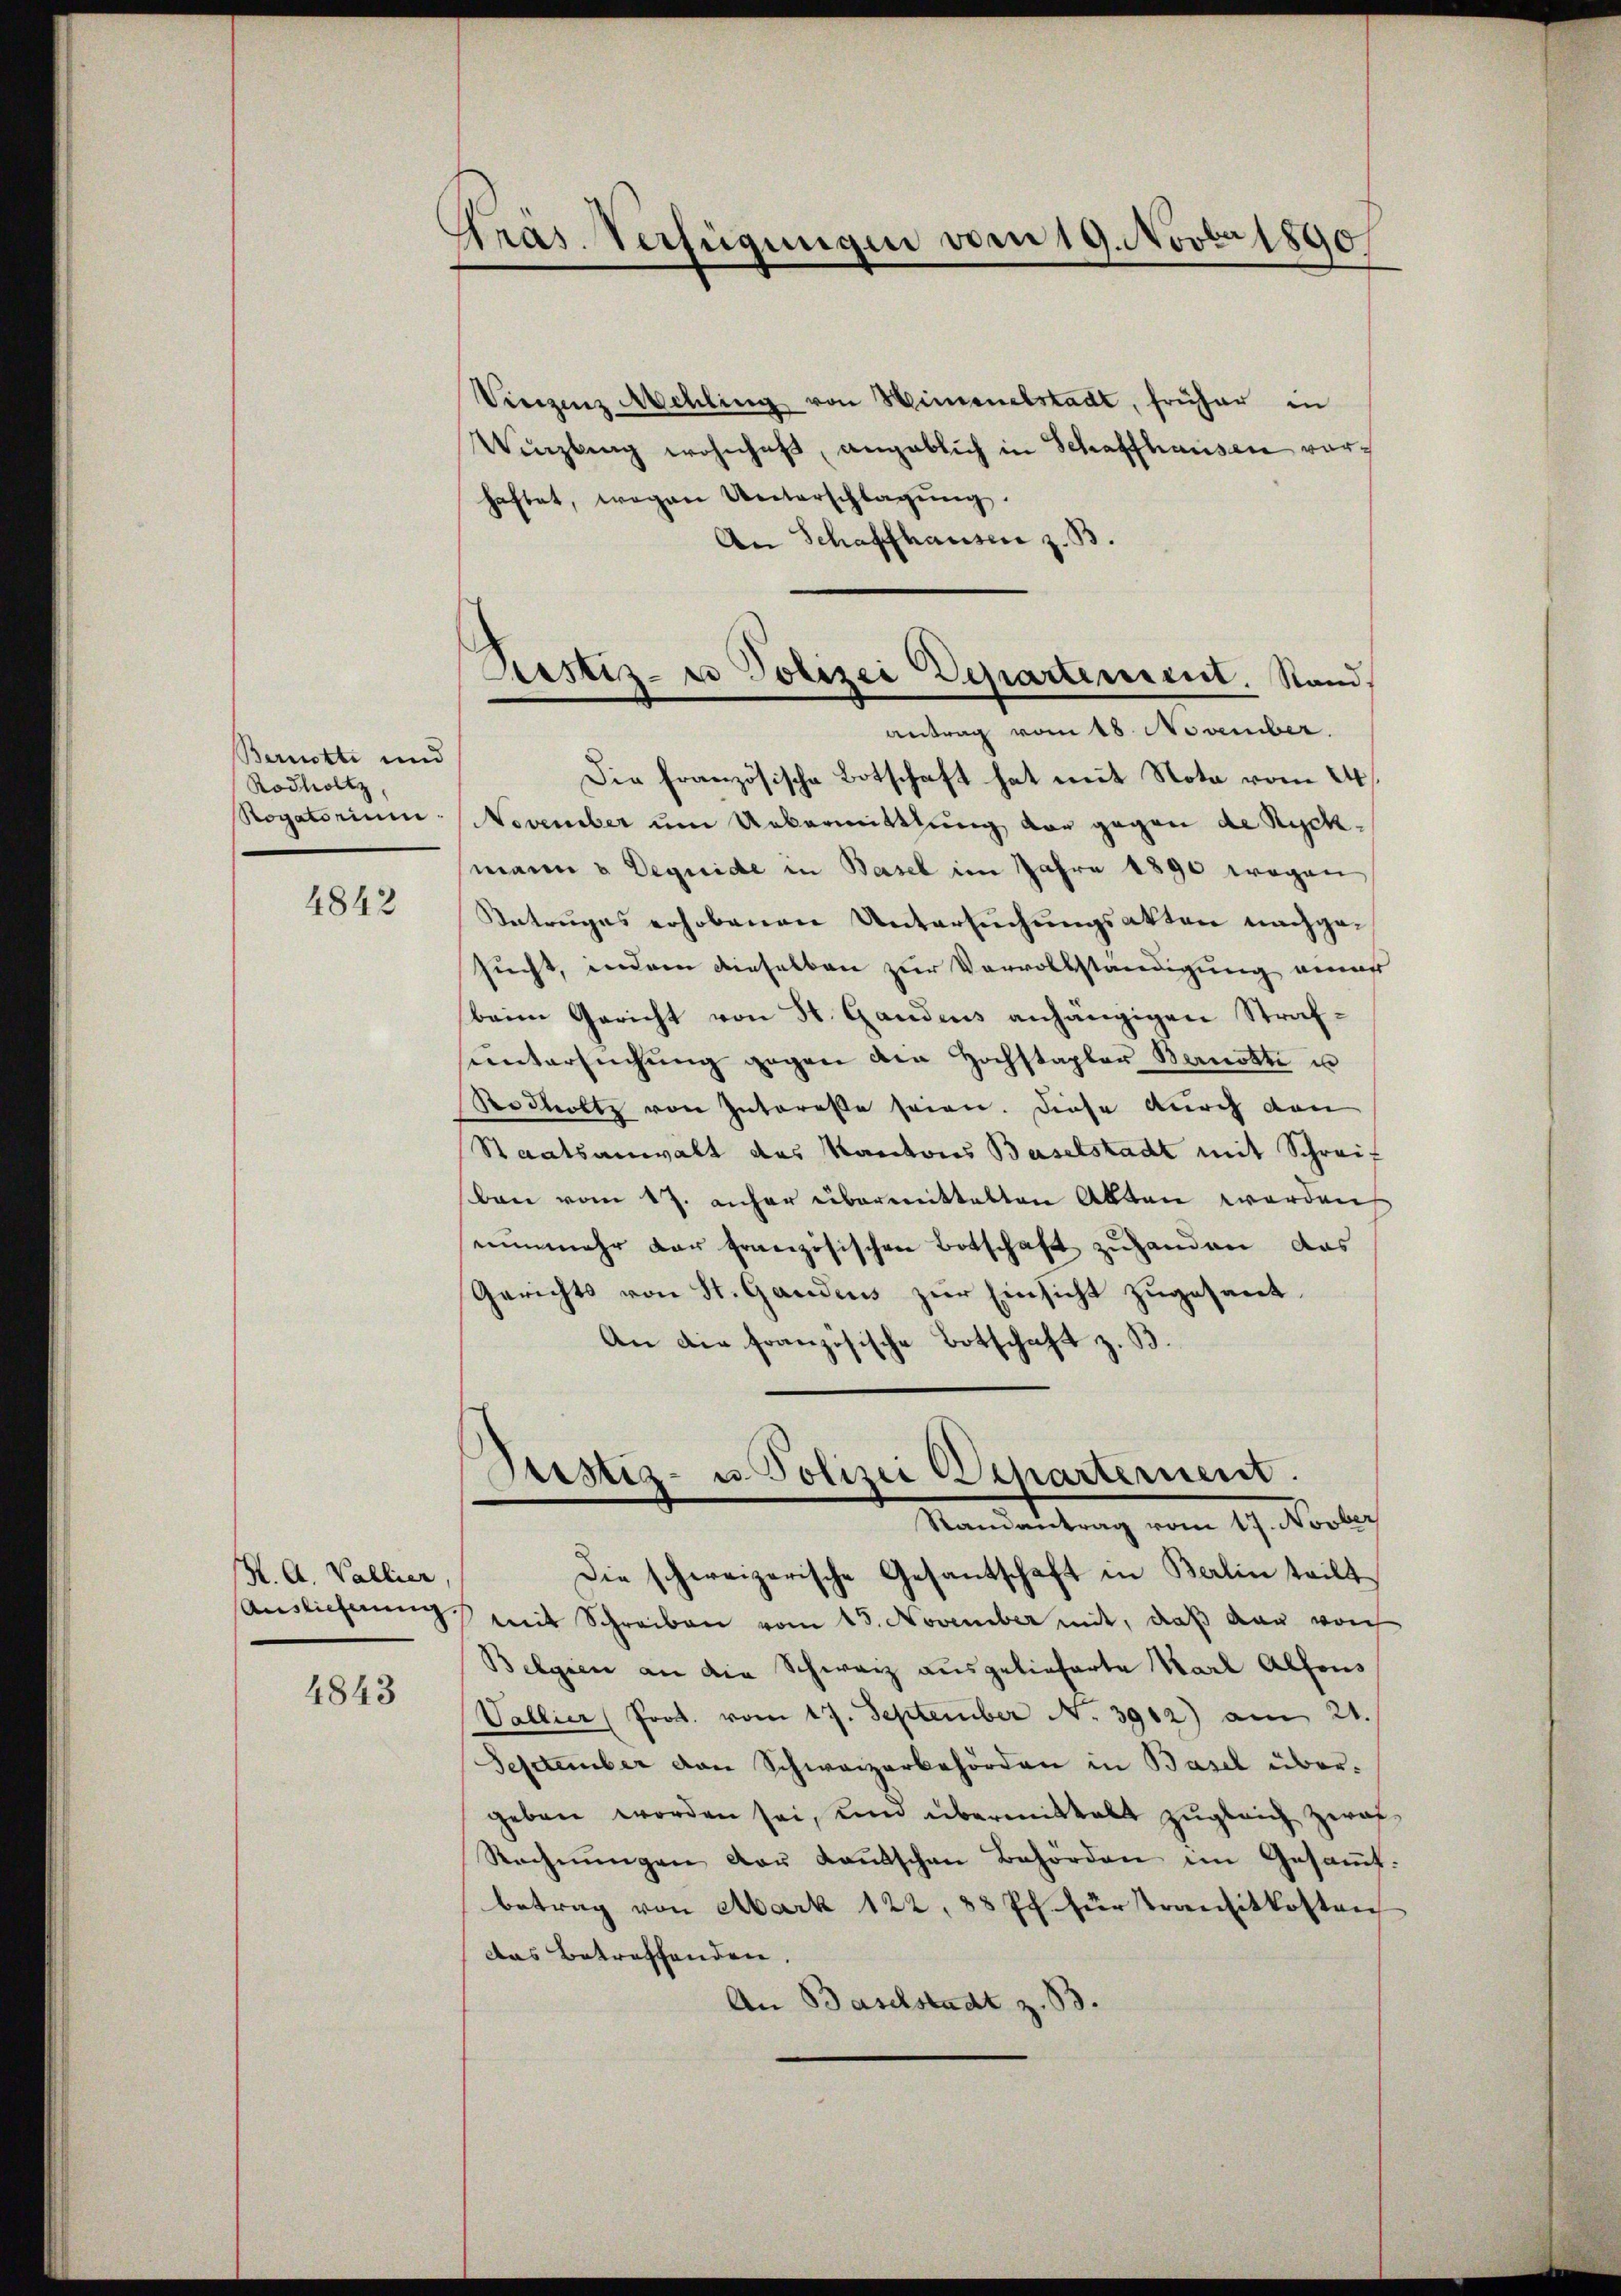
Bernotti und
Rodholtz

4842

. A. Vallier,

4843

Präs. Verfügungen vom 19. Novbr 1890

Vieszenz Mehling von Himenelstadt, früher in
Winzling wohnhaft, angeblich in Schaffhausen vorhaftet, wegen Unterschlagung.
An Schaffhausen z. B.
Die französische Botschaft hat mit Nota vom 24.
Rogatorium November um Uebermittlung vor gegen de Ryckmann u Dequide in Basel im Jahre 1890 wegen
Betruges erhobenen Untersuchungsakten nachgesucht, indem dieselben zur Vervollständigung einer
beim Gericht von St. Gandens anhängigen Strafsintersŭchŭng gegen die Hochstapler Bernotti u
Rodholtz von Intereße seien. Diese durch den
Staatsanwalt das Kantons Baselstadt mit Schreiban vom 17. anher übermittelten Akten werden
nunmehr der französischen Botschaft zuhanden, das
Gerichts von St. Gardens zur Einsicht zugesant.
An die französische Botschaft z. B.

Prastiz- u Polizei Departement. Stand,
antrag vom 18. November.

Sistiz- u Polizei Departement.
Manden trag vom 19. Oerlich

Die schweizerische Gesantschaft in Berlin teilt
Auslicherung mit Schreiben vom 15. November mit, daß dar von
Belgien an die Schweiz ausgelieferte Karl Alfons
Vallier (Prot. vom 17. September N. 3912) am 21.
September von Schweizerbehörden in Basel übergeben worden sei, um übermittalt zugleich zwaf¬
Rechnungen der kanntschen Behörden im Gesammtbetrag von Mark 122, 88 Pf für transitkosten
das Betreffenden.
An Baselstadt z. 33.